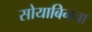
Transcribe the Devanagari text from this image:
सोयाबिनचा